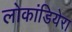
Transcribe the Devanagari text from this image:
लोकांडियेरा